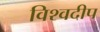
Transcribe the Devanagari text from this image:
विश्वदीप